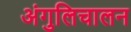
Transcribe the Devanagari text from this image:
अंगुलिचालन